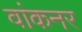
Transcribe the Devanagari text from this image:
वांकनर